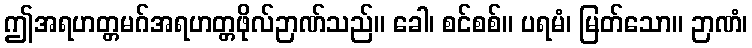
ဤအရဟတ္တမဂ်အရဟတ္တဖိုလ်ဉာဏ်သည်။ ခေါ၊ စင်စစ်။ ပရမံ၊ မြတ်သော။ ဉာဏံ၊